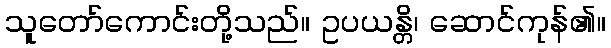
သူတော်ကောင်းတို့သည်။ ဥပယန္တိ၊ ဆောင်ကုန်၏။